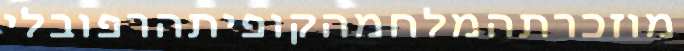
מוזכרתהמלחמהקופיתהרפובלי